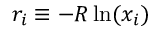
r _ { i } \equiv - R \ln ( x _ { i } )